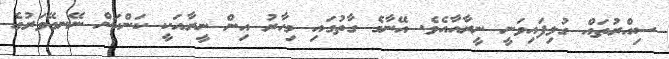
ސިއްރުތައް ގުޅިފައިވަނީ ނީރާއާއެވެ. އޭނާގެ ގާތުގައި މިހާރު އިން ނީރާއަކީ ކަންކަން ނޭނގޭވަރުގެ